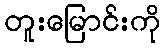
တူးမြောင်းကို